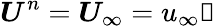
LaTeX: \boldsymbol{U}^{n}=\boldsymbol{U}_{\infty}=u_{\infty}\mathbb{1}